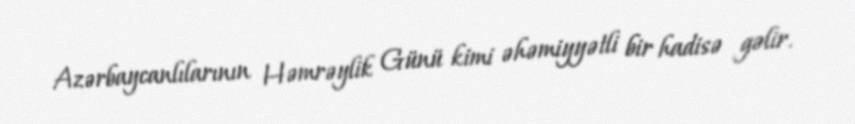
Azərbaycanlılarının Həmrəylik Günü kimi əhəmiyyətli bir hadisə gəlir.